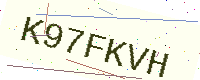
Text: K97FKVH